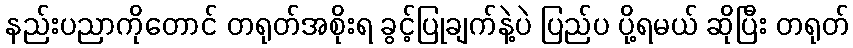
နည်းပညာကိုတောင် တရုတ်အစိုးရ ခွင့်ပြုချက်နဲ့ပဲ ပြည်ပ ပို့ရမယ် ဆိုပြီး တရုတ်